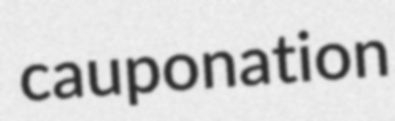
cauponation